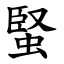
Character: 蜸